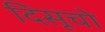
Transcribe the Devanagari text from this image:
दिसूचो